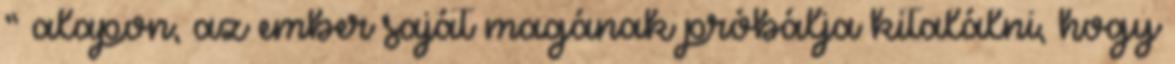
” alapon, az ember saját magának próbálja kitalálni, hogy